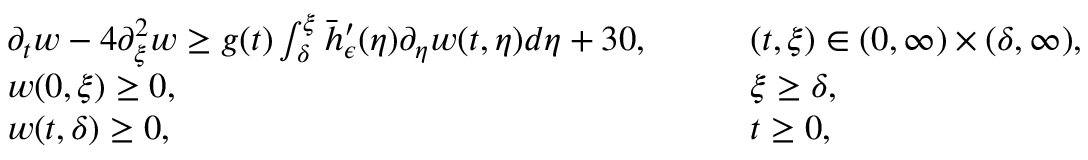
\begin{array} { r l r l } & { \partial _ { t } w - 4 \partial _ { \xi } ^ { 2 } w \geq g ( t ) \int _ { \delta } ^ { \xi } \bar { h } _ { \epsilon } ^ { \prime } ( \eta ) \partial _ { \eta } w ( t , \eta ) d \eta + 3 0 , \quad } & & { ( t , \xi ) \in ( 0 , \infty ) \times ( \delta , \infty ) , } \\ & { w ( 0 , \xi ) \geq 0 , \quad } & & { \xi \geq \delta , } \\ & { w ( t , \delta ) \geq 0 , \quad } & & { t \geq 0 , } \end{array}